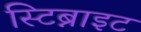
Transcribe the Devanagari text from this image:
स्टिब्नाइट